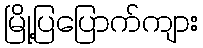
မြို့ပြပြောက်ကျား